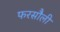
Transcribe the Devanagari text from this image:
फरसौली